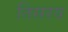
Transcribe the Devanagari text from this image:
तिसरय